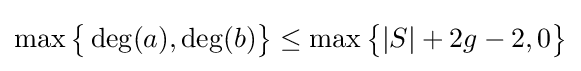
\max {\bigl \{}\deg(a),\deg(b){\bigr \}}\leq \max {\bigl \{}|S|+2g-2,0{\bigr \}}